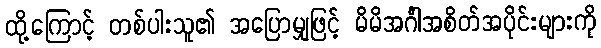
ထို့ကြောင့် တစ်ပါးသူ၏ အပြောမျှဖြင့် မိမိအင်္ဂါအစိတ်အပိုင်းများကို